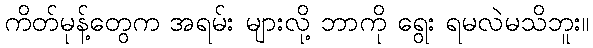
ကိတ်မုန့်တွေက အရမ်း များလို့ ဘာကို ရွေး ရမလဲမသိဘူး။